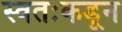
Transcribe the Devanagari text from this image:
स्वतःकडून